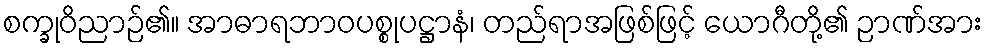
စက္ခုဝိညာဉ်၏။ အာဓာရဘာဝပစ္စုပဋ္ဌာနံ၊ တည်ရာအဖြစ်ဖြင့် ယောဂီတို့၏ ဉာဏ်အား